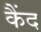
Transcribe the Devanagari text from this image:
कैंद